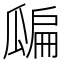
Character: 𤬊